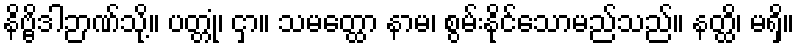
နိဗ္ဗိဒါဉာဏ်သို့။ ပတ္တုံ၊ ငှာ။ သမတ္ထော နာမ၊ စွမ်းနိုင်သောမည်သည်။ နတ္ထိ၊ မရှိ။